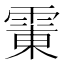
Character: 𱁛